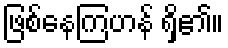
ဖြစ်နေကြဟန် ရှိ၏။